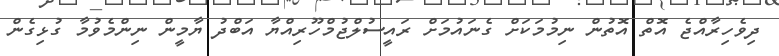
ދިވެހިރާއްޖެ އޮތް އޮތުން ނިމުމަކަށް ގެނައުމަށް ރައީސުލްޖުމްހޫރިއްޔާ އަބްދު ޔާމީން ނިންމެވުމާ ގުޅިގެން